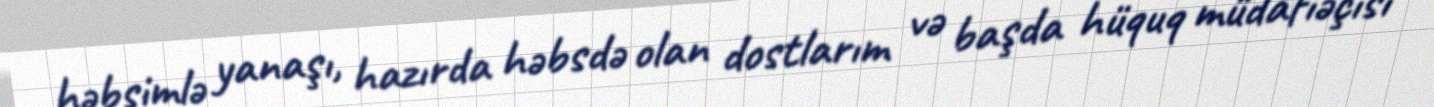
həbsimlə yanaşı, hazırda həbsdə olan dostlarım və başda hüquq müdafiəçisi